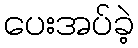
ပေးအပ်ခဲ့